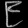
Digit: ၉